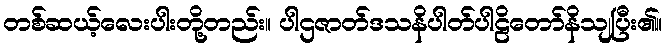
တစ်ဆယ့်လေးပါးတို့တည်း။ ပါဌဇာတ်ဒသနိပါတ်ပါဠိတော်နိသျပြီး၏။